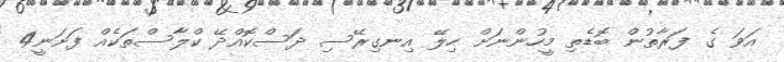
އަވަ ގެ ފަރާތުން ބޮޑެތި މީހުންނަށް ހިލޭ އިނގިރޭސި ދަސްކޮއްދޭ ކްލާސްތަކެއް ފަށަނީ4